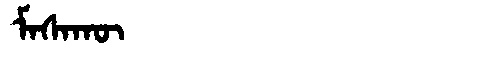
Manchu: ᠮᠠᠰᠠᡴᡡ
Romanization: MASAKŪ